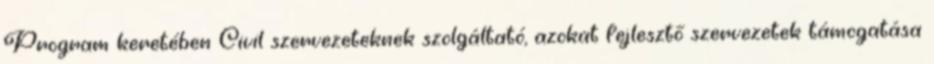
Program keretében Civil szervezeteknek szolgáltató, azokat fejlesztő szervezetek támogatása